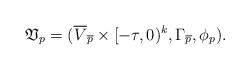
LaTeX: \begin{align*}\frak V_p = (\overline V_{\overline p} \times [-\tau,0)^k,\Gamma_{\overline p},\phi_p).\end{align*}